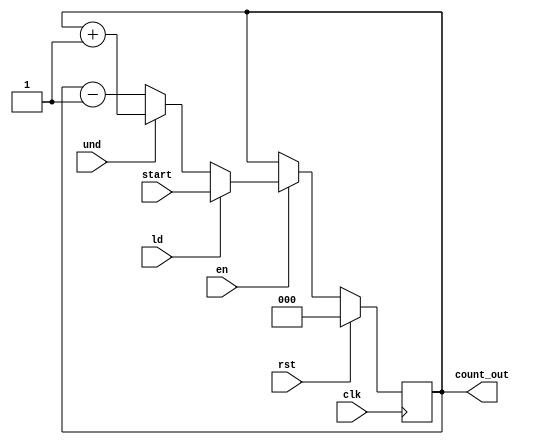
module ud_counter(input clk, und, ld, rst, en,
	input[2:0] start,
	output reg [2:0] count_out
    );

always@(posedge clk) begin
			if(rst)  count_out=3'b000; //Synchronous reset
			else if(en) begin
			     if(ld) count_out=start;
			     else if (und) count_out=count_out+3'b01;
			     else count_out=count_out-3'b01;
			    end 
			 else count_out=count_out;
end
endmodule